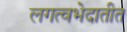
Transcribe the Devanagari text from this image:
लगत्वभेदातीत